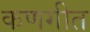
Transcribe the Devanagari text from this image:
कणगीत